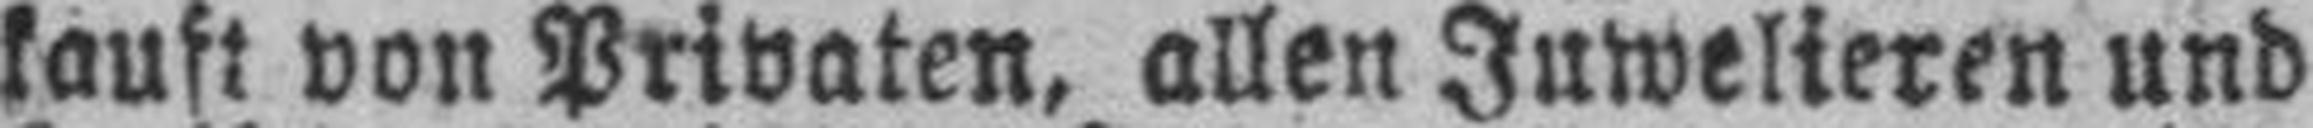
kauft von Privaten, allen Juwelieren und